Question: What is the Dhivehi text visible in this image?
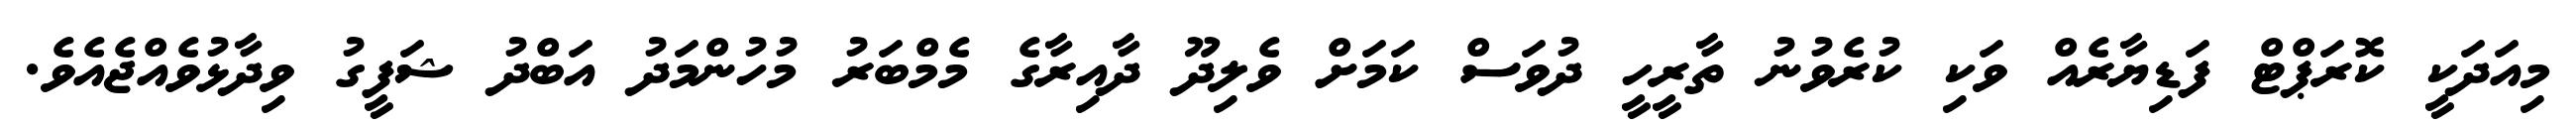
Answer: މިއަދަކީ ކޮރަޕްޓް ފަޑިޔާރެއް ވަކި ކުރެވުނު ތާރީހީ ދުވަސް ކަމަށް ވެލިދޫ ދާއިރާގެ މެމްބަރު މުހުންމަދު އަބްދު ޝަފީގު ވިދާޅުވެއްޖެއެވެ.